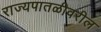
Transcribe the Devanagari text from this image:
राज्यपातळीवरील